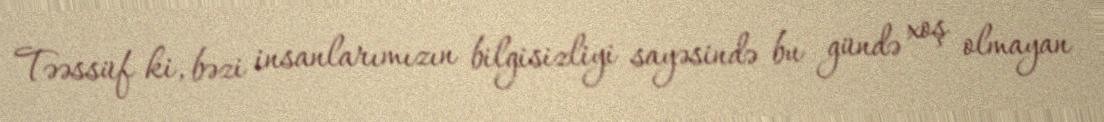
Təəssüf ki, bəzi insanlarımızın bilgisizliyi sayəsində bu gündə xoş olmayan